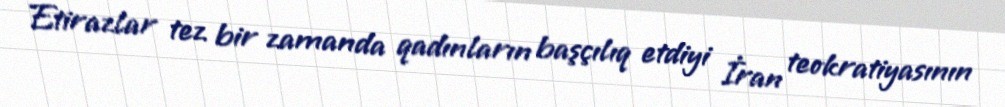
Etirazlar tez bir zamanda qadınların başçılıq etdiyi İran teokratiyasının